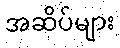
အဆိပ်များ